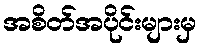
အစိတ်အပိုင်းများမှ